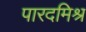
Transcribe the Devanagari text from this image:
पारदमिश्र